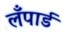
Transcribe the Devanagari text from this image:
लँपार्ड